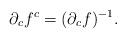
LaTeX: \begin{align*}\partial_c f^c=(\partial_c f)^{-1}.\end{align*}